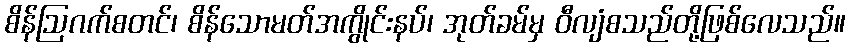
စိန်ဩဂက်စတင်၊ စိန်သောမတ်အကွိုင်းနပ်၊ အုတ်ခမ်မှ ဝီလျံစသည်တို့ဖြစ်လေသည်။